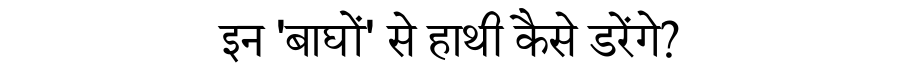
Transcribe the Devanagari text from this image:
इन 'बाघों' से हाथी कैसे डरेंगे?